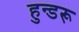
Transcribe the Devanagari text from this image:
हुन्डरू